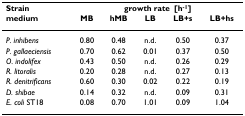
| Strain | <COLSPAN=5> growth rate μ[h-1] |
 | medium | MB | hMB | LB | LB+s | LB+hs |
 | --- | --- | --- | --- | --- | --- |
 | P. inhibens | 0.80 | 0.48 | n.d. | 0.50 | 0.37 |
 | P. gallaeciensis | 0.70 | 0.62 | 0.01 | 0.37 | 0.50 |
 | O. indolifex | 0.43 | 0.50 | n.d. | 0.26 | 0.29 |
 | R. litoralis | 0.20 | 0.28 | n.d. | 0.27 | 0.13 |
 | R. denitrificans | 0.60 | 0.30 | 0.02 | 0.22 | 0.19 |
 | D. shibae | 0.14 | 0.32 | n.d. | 0.09 | 0.31 |
 | E. coli ST18 | 0.08 | 0.70 | 1.01 | 0.09 | 1.04 |